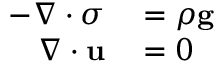
\begin{array} { r l } { - \nabla \cdot \sigma } & { { } = \rho \mathbf { g } } \\ { \nabla \cdot \mathbf { u } } & { { } = 0 } \end{array}